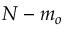
N - m _ { o }